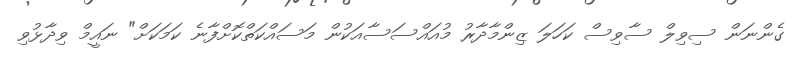
ގެންނަން ސިވިލް ސާވިސް ކަހަލަ ޒިންމާދާރު މުއައްސަސާއަކުން މަސައްކަތްކޮށްފާނެ ކަމަކަށް" ނައީމް ވިދާޅުވި